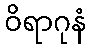
ဝိရာဂုနံ